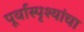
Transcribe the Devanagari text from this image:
पूर्वास्पृश्यांचा